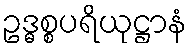
ဥဒ္ဓစ္စပရိယုဋ္ဌာနံ